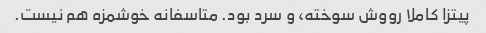
پیتزا کاملا رووش سوخته، و سرد بود. متاسفانه خوشمزه هم نیست.